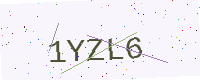
Text: 1YZL6